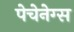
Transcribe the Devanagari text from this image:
पेचेनेग्स